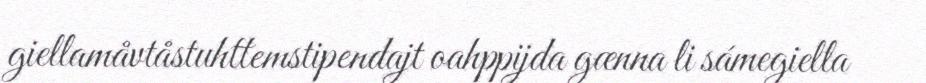
giellamåvtåstuhttemstipendajt oahppijda gænna li sámegiella